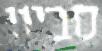
סביון